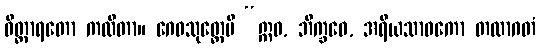
ဝိတ္ထာရတော ကထိတာ။ ဂေဓသုတ္တေပိ “ဣဓ, ဘိက္ခဝေ, အရိယသာဝကော တထာဂတံ